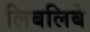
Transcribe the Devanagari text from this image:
लिबलिबे